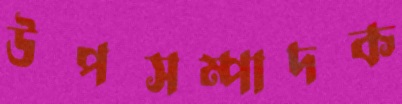
উপসম্পাদক